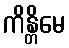
ကိန္တိမေ